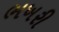
ભખરી